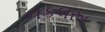
નકલરૂા